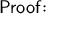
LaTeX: \mathsf { P r o o f \! : }